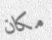
مكان